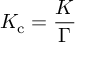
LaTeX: K _ { \mathrm { c } } = { \frac { K } { \Gamma } }